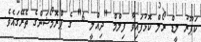
ކަޕޫރު ލީޑް ރޯލް ކޮޅުފައިވާ ފިލްމް "ދިއްލީ 6" ގެ ޕްރޮމޯޝަންގެ ތެރޭގައެވެ.